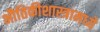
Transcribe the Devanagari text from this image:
भौतिकीशास्त्रामध्ये